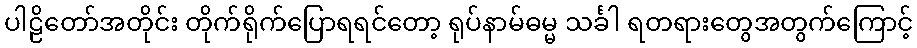
ပါဠိတော်အတိုင်း တိုက်ရိုက်ပြောရရင်တော့ ရုပ်နာမ်ဓမ္မ သင်္ခါ ရတရားတွေအတွက်ကြောင့်